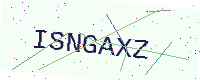
Text: ISNGAXZ